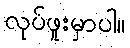
လုပ်ဖူးမှာပါ။